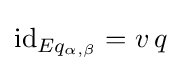
{\text{id}}_{Eq_{\alpha ,\beta }}=v\,q